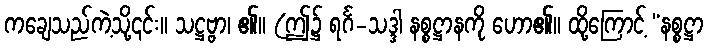
ကချေသည်ကဲ့သို့၎င်း။ သဋ္ဌဗ္ဗာ၊ ၏။ (ဤ၌ ရင်္ဂ-သဒ္ဒါ နစ္စဋ္ဌာနကို ဟော၏။ ထို့ကြောင့် “နစ္စဋ္ဌာ